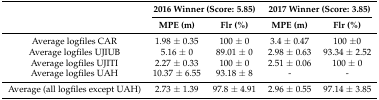
<table><thead><tr><td></td><td colspan="2"><b>2016 Winner (Score: 5.85)</b></td><td colspan="2"><b>2017 Winner (Score: 3.85)</b></td></tr><tr><td></td><td><b>MPE (m)</b></td><td><b>Flr (%)</b></td><td><b>MPE (m)</b></td><td><b>Flr (%)</b></td></tr></thead><tbody><tr><td>Average logfiles CAR</td><td>1.98 ± 0.35</td><td>100 ± 0</td><td>3.4 ± 0.47</td><td>100 ±0</td></tr><tr><td>Average logfiles UJIUB</td><td>5.16 ± 0</td><td>89.01 ± 0</td><td>2.98 ± 0.63</td><td>93.34 ± 2.52</td></tr><tr><td>Average logfiles UJITI</td><td>2.27 ± 0.33</td><td>100 ± 0</td><td>2.51 ± 0.06</td><td>100 ± 0</td></tr><tr><td>Average logfiles UAH</td><td>10.37 ± 6.55</td><td>93.18 ± 8</td><td>-</td><td>-</td></tr><tr><td>Average (all logfiles except UAH)</td><td>2.73 ± 1.39</td><td>97.8 ± 4.91</td><td>2.96 ± 0.55</td><td>97.14 ± 3.85</td></tr></tbody></table>